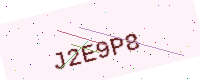
Text: J2E9P8